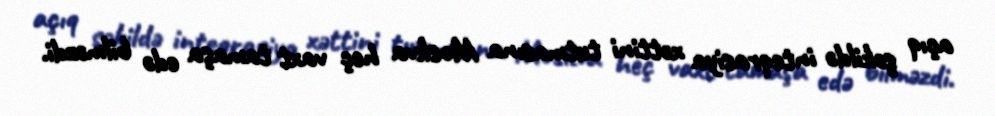
açıq şəkildə inteqrasiya xəttini tutmasına Moskva heç vaxt tamaşa edə bilməzdi.